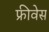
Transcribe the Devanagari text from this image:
फ्रीवेस